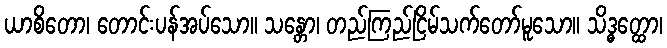
ယာစိတော၊ တောင်းပန်အပ်သော။ သန္တော၊ တည်ကြည်ငြိမ်သက်တော်မူသော။ သိဒ္ဓတ္ထော၊